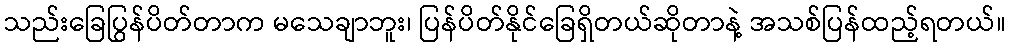
သည်းခြေပြွန်ပိတ်တာက မသေချာဘူး၊ ပြန်ပိတ်နိုင်ခြေရှိတယ်ဆိုတာနဲ့ အသစ်ပြန်ထည့်ရတယ်။